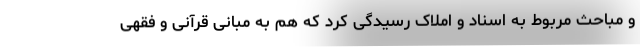
و مباحث مربوط به اسناد و املاک رسیدگی کرد که هم به مبانی قرآنی و فقهی